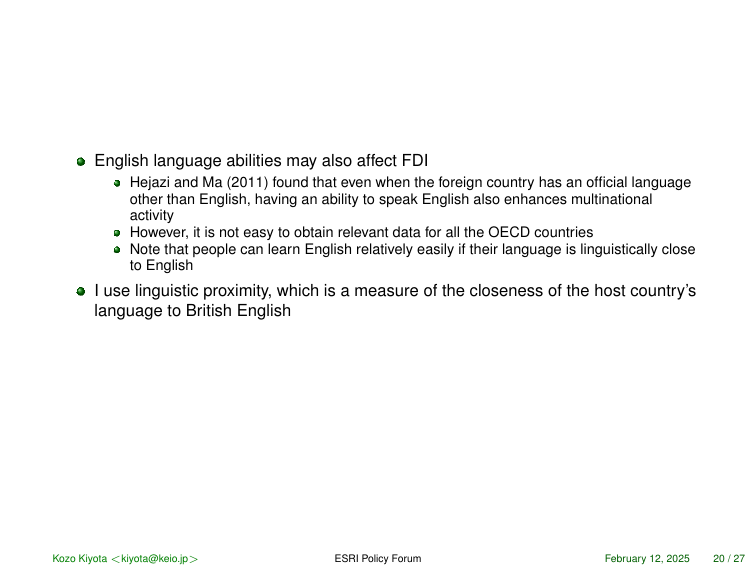
● English language abilities may also affect FDI
 ● Hejazi and Ma (2011) found that even when the foreign country has an official language other than English, having an ability to speak English also enhances multinational activity
 ● However, it is not easy to obtain relevant data for all the OECD countries
 ● Note that people can learn English relatively easily if their language is linguistically close to English
● I use linguistic proximity, which is a measure of the closeness of the host country’s language to British English

Kozo Kiyota <kiyota@keio.jp>